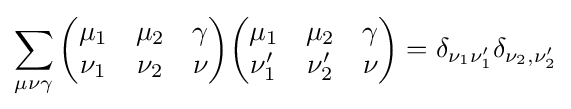
\sum _{\mu \nu \gamma }{\begin{pmatrix}\mu _{1}&\mu _{2}&\gamma \\\nu _{1}&\nu _{2}&\nu \end{pmatrix}}{\begin{pmatrix}\mu _{1}&\mu _{2}&\gamma \\\nu _{1}'&\nu _{2}'&\nu \end{pmatrix}}=\delta _{\nu _{1}\nu _{1}'}\delta _{\nu _{2},\nu _{2}'}